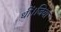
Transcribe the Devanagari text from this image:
थीं।जिवा